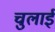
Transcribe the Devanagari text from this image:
चुलाई